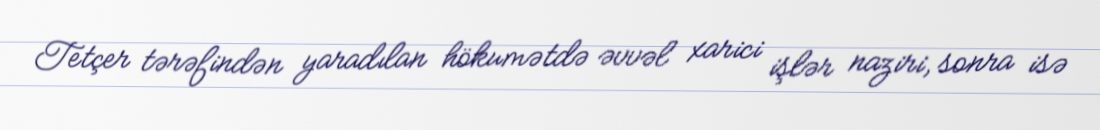
Tetçer tərəfindən yaradılan hökumətdə əvvəl xarici işlər naziri, sonra isə